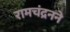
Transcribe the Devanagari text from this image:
रामचंद्रनने